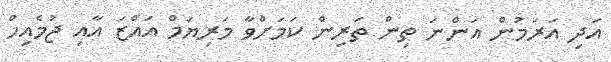
އަދި އަރަމުން އަންނަ ތިން ތަރިން ކަމަށްވާ މަރިޔަމް އައްޒަ އާއި ޖުމެއިހް